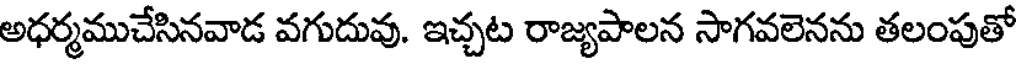
అధర్మముచేసినవాడ వగుదువు. ఇచ్చట రాజ్యపాలన సాగవలెనను తలంపుతో